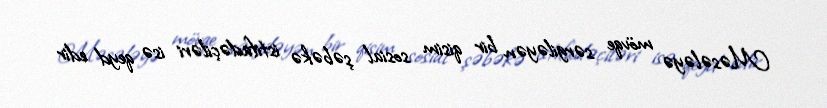
Məsələyə mövqe sərgiləyən bir qisim sosial şəbəkə istifadəçiləri isə qeyd edir